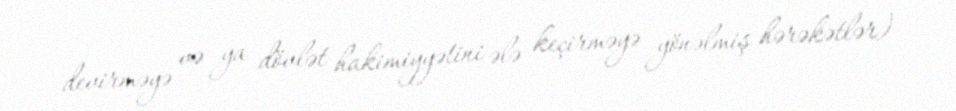
devirməyə və ya dövlət hakimiyyətini ələ keçirməyə yönəlmiş hərəkətlər)